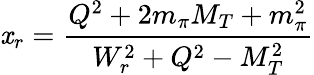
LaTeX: \mathit{x}_{r}=\frac{{Q^{2}+2m_{\pi}M_{T}+m_{\pi}^{2}}}{{W_{r}^{2}+Q^{2}-M_{T}^{2}}}